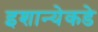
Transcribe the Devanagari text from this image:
इशान्येकडे